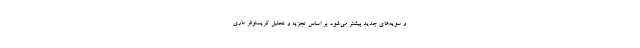
و سویه‌های جدید بیشتر می‌شود. بر اساس تجزیه و تحلیل کریستوفر ماری